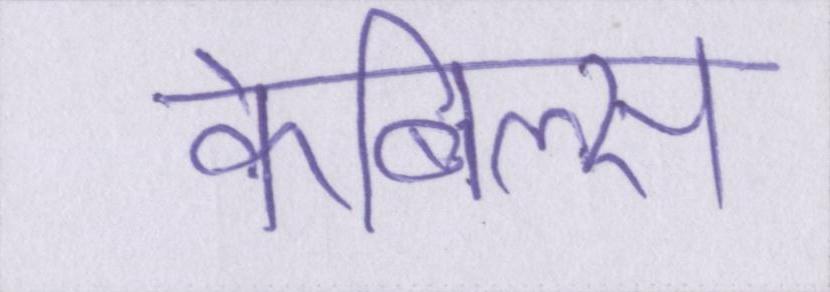
केबिल्स